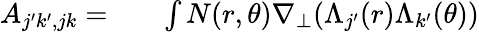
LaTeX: \begin{array}{rlr}{A_{j^{\prime}k^{\prime},jk}=}&{{}}&{\int N(r,\theta)\nabla_{\perp}(\Lambda_{j^{\prime}}(r)\Lambda_{k^{\prime}}(\theta))}\end{array}